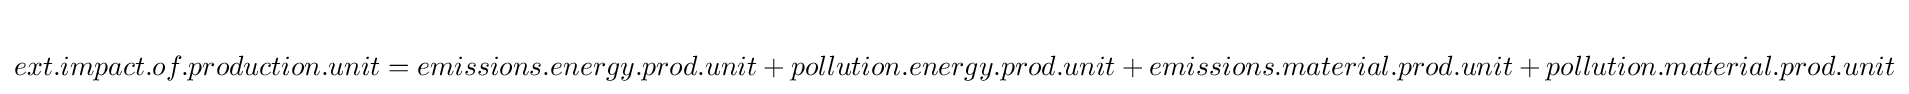
ext.impact.of.production.unit=emissions.energy.prod.unit+pollution.energy.prod.unit+emissions.material.prod.unit+pollution.material.prod.unit